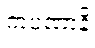
ကပဏာနိ